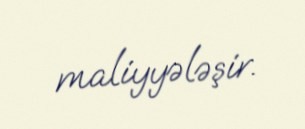
maliyyələşir.